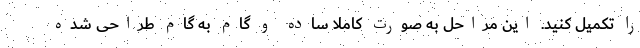
را تکمیل کنید. این مراحل به صورت کاملا ساده و گام به گام طراحی شده